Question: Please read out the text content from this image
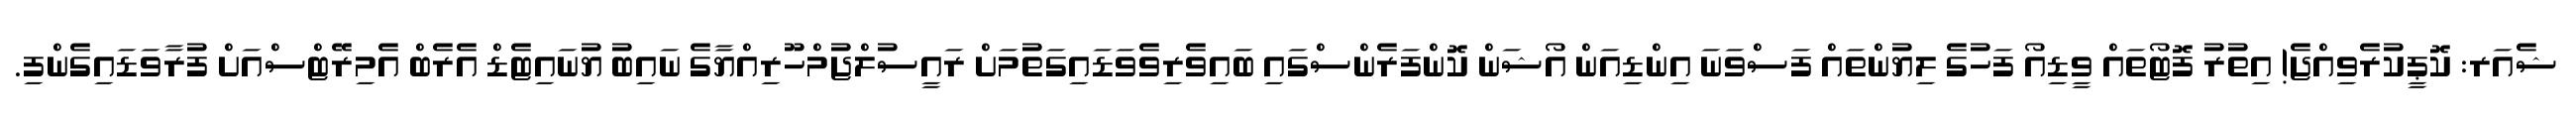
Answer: ޝެއަރ: ކޮޕީކުރެވިއްޖެ! އިތުރު ފޮޓޯތައް ވީޑިއޯ ފަހުގެ ލިޔުންތައް ފަސްވަނަ އިންޑިއަން އޯޝަން ކޮންފަރެންސްގައި ބައިވެރިވެވަޑައިގަތުމަށް ރައީސުލްޖުމްހޫރިއްޔާގެ ނައިބު ޔުނައިޓެޑް އެރެބް އެމިރޭޓްސްއަށް ފުރާވަޑައިގެންފި.